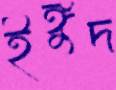
ইঙ্গুদ